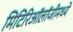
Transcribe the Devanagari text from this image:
मिटिरिऑलॉजीमध्ये